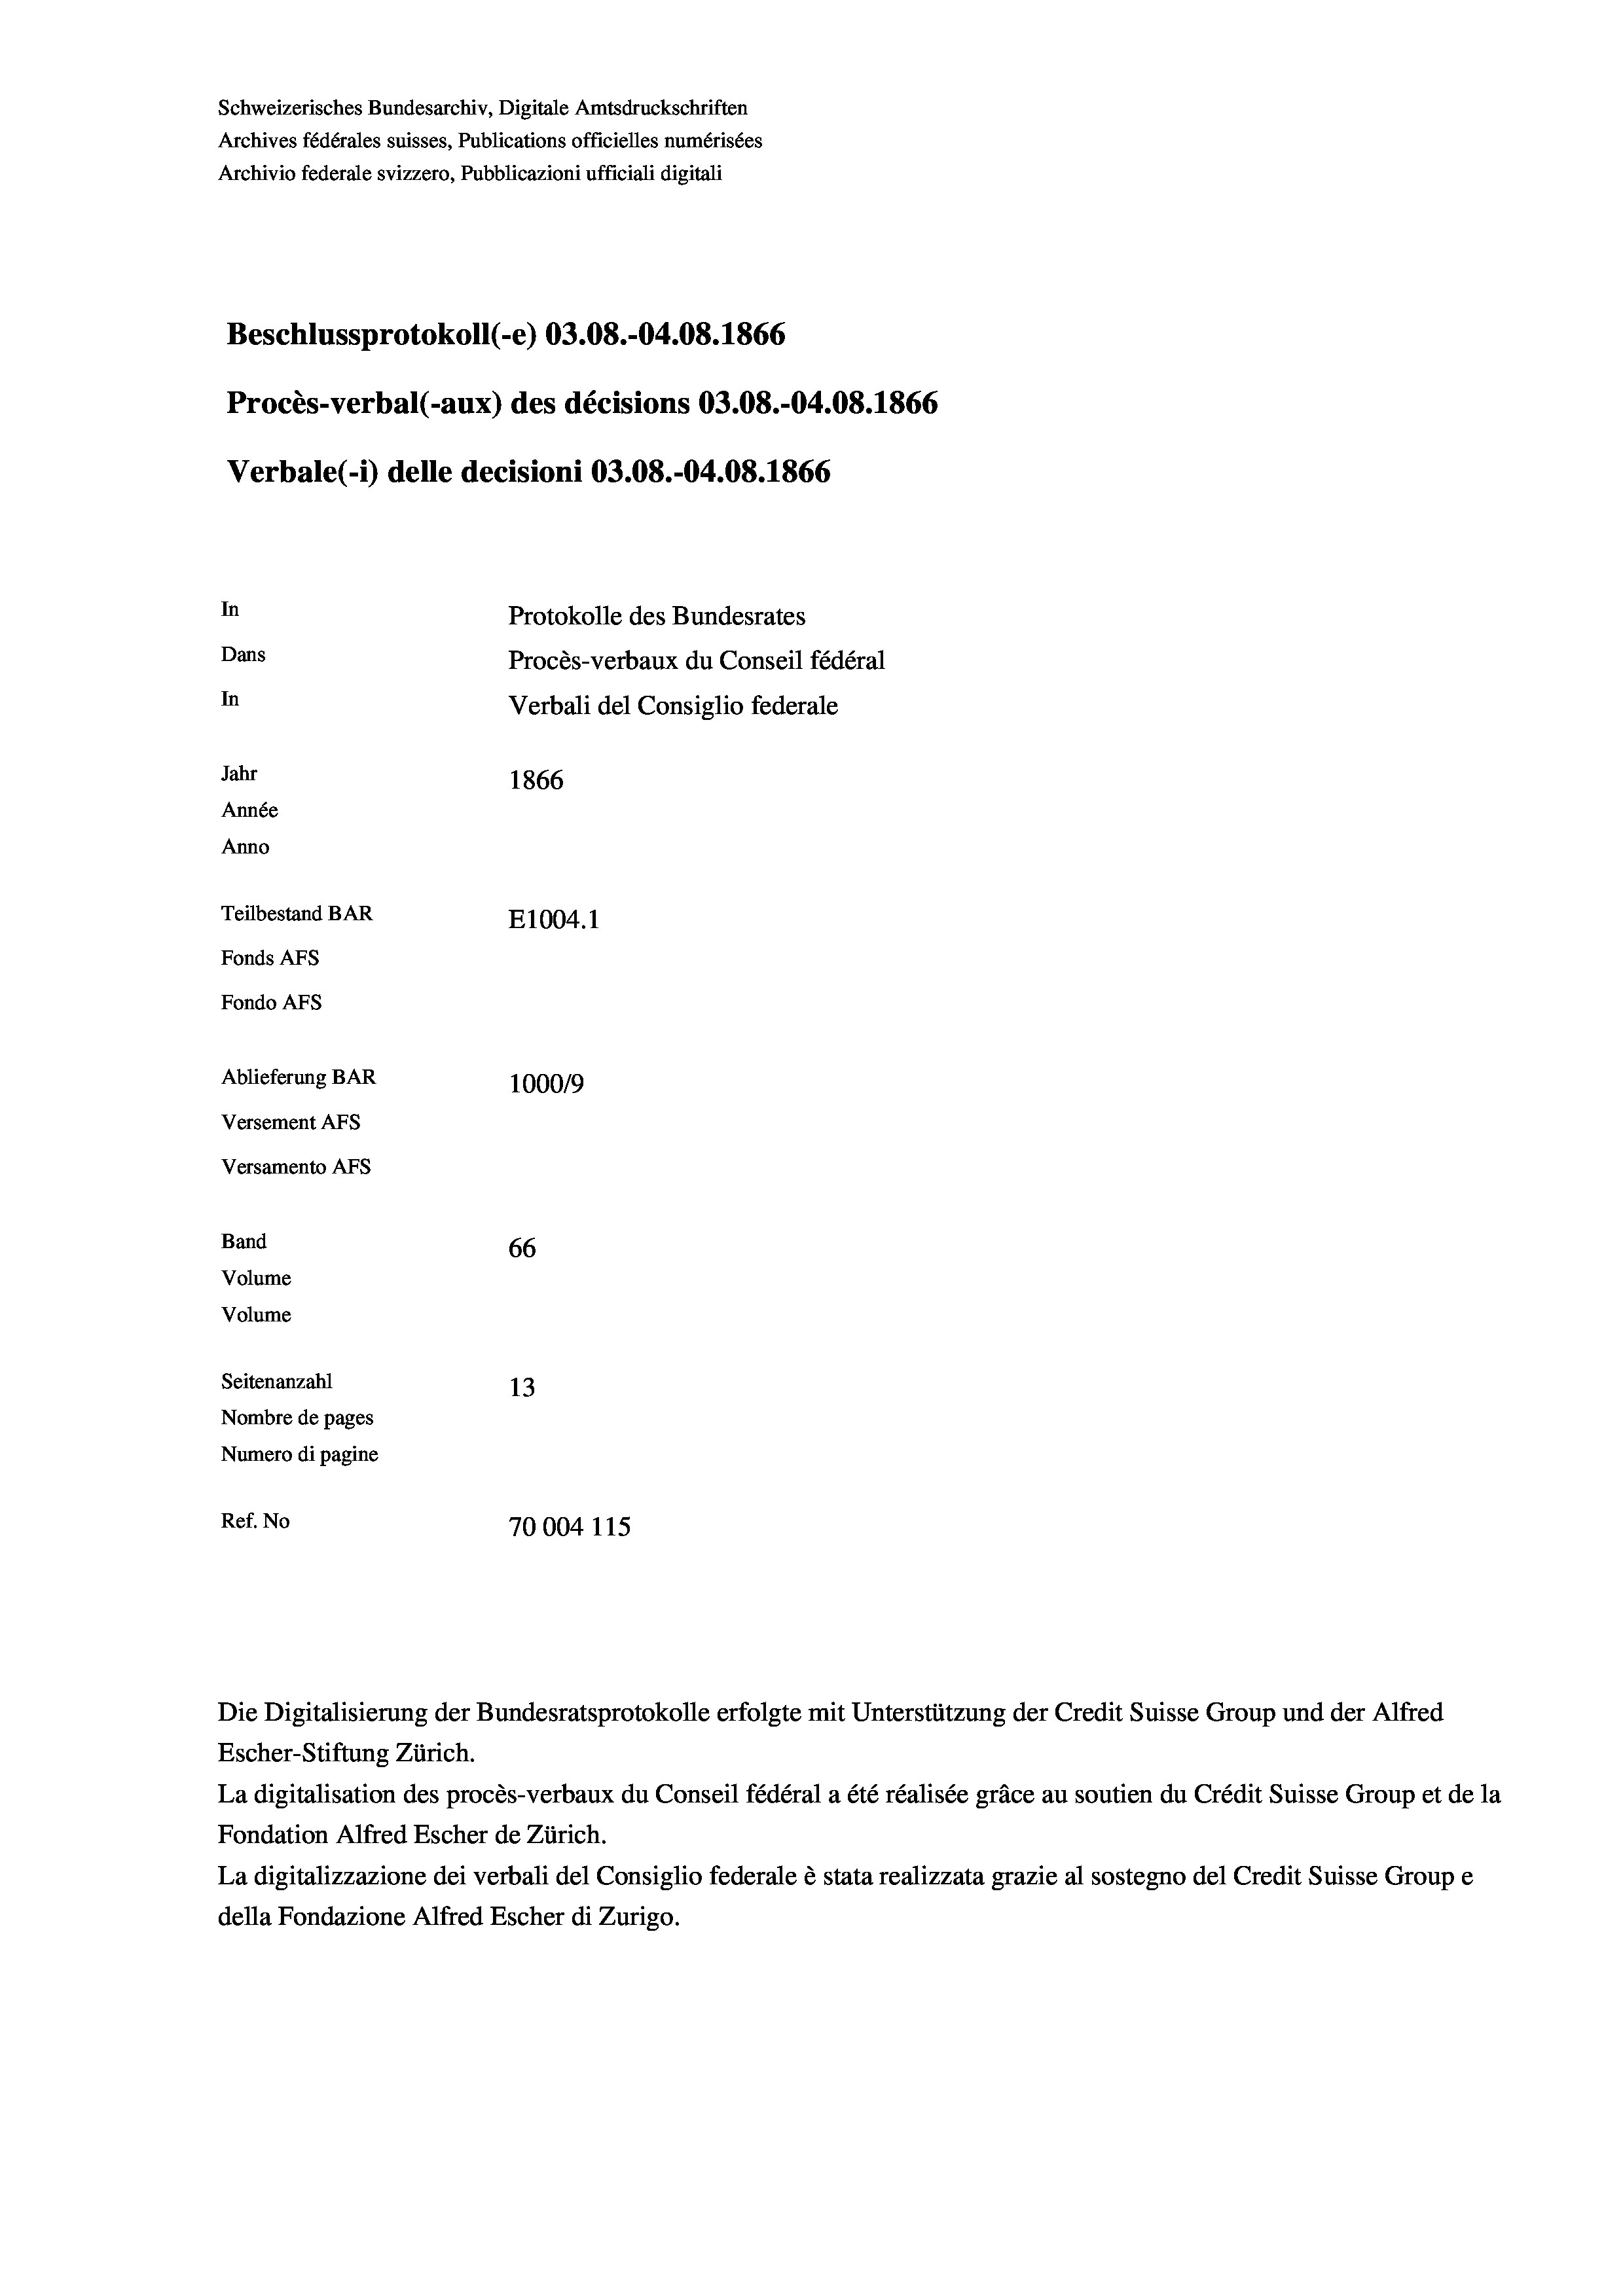
Schweizerisches Bundesarchiv, Digitale Amtsdruckschriften
Archives fédérales suisses, Publications officielles numérisées
Archivio federale svizzero, Pubblicazioni ufficiali digitali
Beschlussprotokoll (-e) 03.08.-04.08. 1866
Procès-verbal (-aux) des décisions 03.08.-04.08. 1866
Verbale (- 1) delle decisioni 03.08.-04.08. 1866
In
Protokolle des Bundesrates
Dans
Procès-verbaux du Conseil fédéral
In
Verbali del Consiglio federale
Jahr
1866
Année
Anno
Teilbestand BAR
E1004. 1
Fonds AFs
Fondo AFs
Ablieferung BAR
100019
Versement AFs
Versamento Afs
Band
66
Volume
Volume

Seitenanzahl
13
Nombre de pages
Numero di pagine
Ref. No
70004 115.

Escher-Stiftung Zürich.
La digitalisation des procès-verbaux du Conseil fédéral a été réalisée gräce au soutien du Crédit Suisse Group et de la
Fondation Alfred Escher de Zürich.
La digitalizzazione dei verbali del Consiglio federale è stata realizzata grazie al sostegno del Credit Suisse Groupe
della Fondazione Alfred Escher di Zurigo.

Die Digitalisierung der Bundesratsprotokolle erfolgte mit Unterstützung der Credit Suisse Group und der Alfred